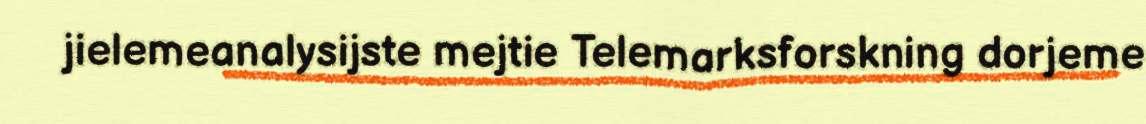
jielemeanalysijste mejtie Telemarksforskning dorjeme